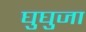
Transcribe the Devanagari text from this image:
घुघुजा